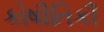
કોષીતિકી